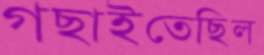
গছাইতেছিল